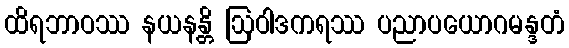
ထိရဘာဝဿ နယနန္တိ ဩဝါဒကရဿ ပညာပယောဂမန္ဒတံ